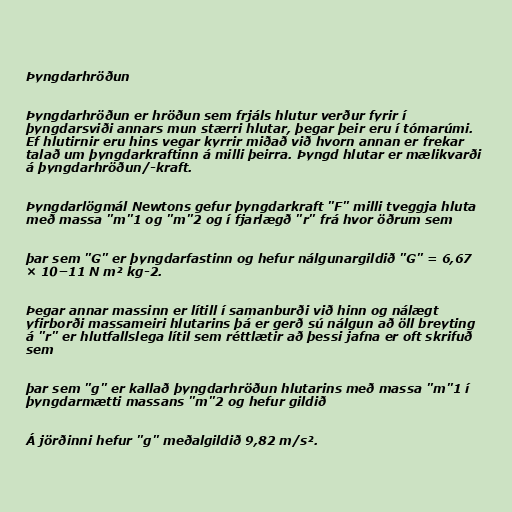
Þyngdarhröðun

Þyngdarhröðun er hröðun sem frjáls hlutur verður fyrir í
þyngdarsviði annars mun stærri hlutar, þegar þeir eru í tómarúmi.
Ef hlutirnir eru hins vegar kyrrir miðað við hvorn annan er frekar
talað um þyngdarkraftinn á milli þeirra. Þyngd hlutar er mælikvarði
á þyngdarhröðun/-kraft.

Þyngdarlögmál Newtons gefur þyngdarkraft "F" milli tveggja hluta
með massa "m"1 og "m"2 og í fjarlægð "r" frá hvor öðrum sem

þar sem "G" er þyngdarfastinn og hefur nálgunargildið "G" = 6,67
× 10−11 N m² kg-2.

Þegar annar massinn er lítill í samanburði við hinn og nálægt
yfirborði massameiri hlutarins þá er gerð sú nálgun að öll breyting
á "r" er hlutfallslega lítil sem réttlætir að þessi jafna er oft skrifuð
sem

þar sem "g" er kallað þyngdarhröðun hlutarins með massa "m"1 í
þyngdarmætti massans "m"2 og hefur gildið

Á jörðinni hefur "g" meðalgildið 9,82 m/s².